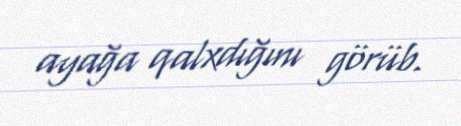
ayağa qalxdığını görüb.